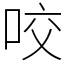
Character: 咬